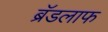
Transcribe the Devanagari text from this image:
ब्रॅडलाफ